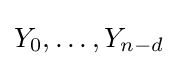
Y_{0},\dots ,Y_{n-d}